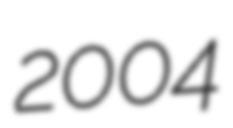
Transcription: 2004